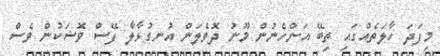
މިފަދަ ހާލަތެއްގައި ތިބޭ އަންހެނުން މޫނު ދޮވެލަން އުނގުޅާލާ ފޭސް ވޮޝަކުން ވެސް